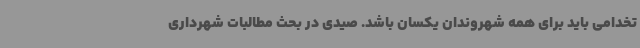
تخدامی باید برای همه شهروندان یکسان باشد. صیدی در بحث مطالبات شهرداری